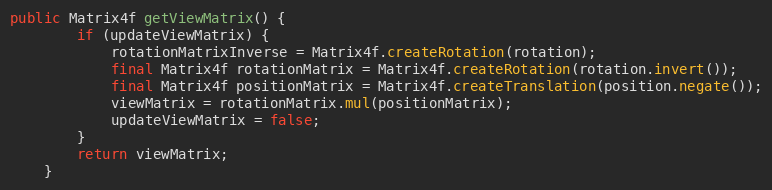
Language: Java
public Matrix4f getViewMatrix() {
        if (updateViewMatrix) {
            rotationMatrixInverse = Matrix4f.createRotation(rotation);
            final Matrix4f rotationMatrix = Matrix4f.createRotation(rotation.invert());
            final Matrix4f positionMatrix = Matrix4f.createTranslation(position.negate());
            viewMatrix = rotationMatrix.mul(positionMatrix);
            updateViewMatrix = false;
        }
        return viewMatrix;
    }